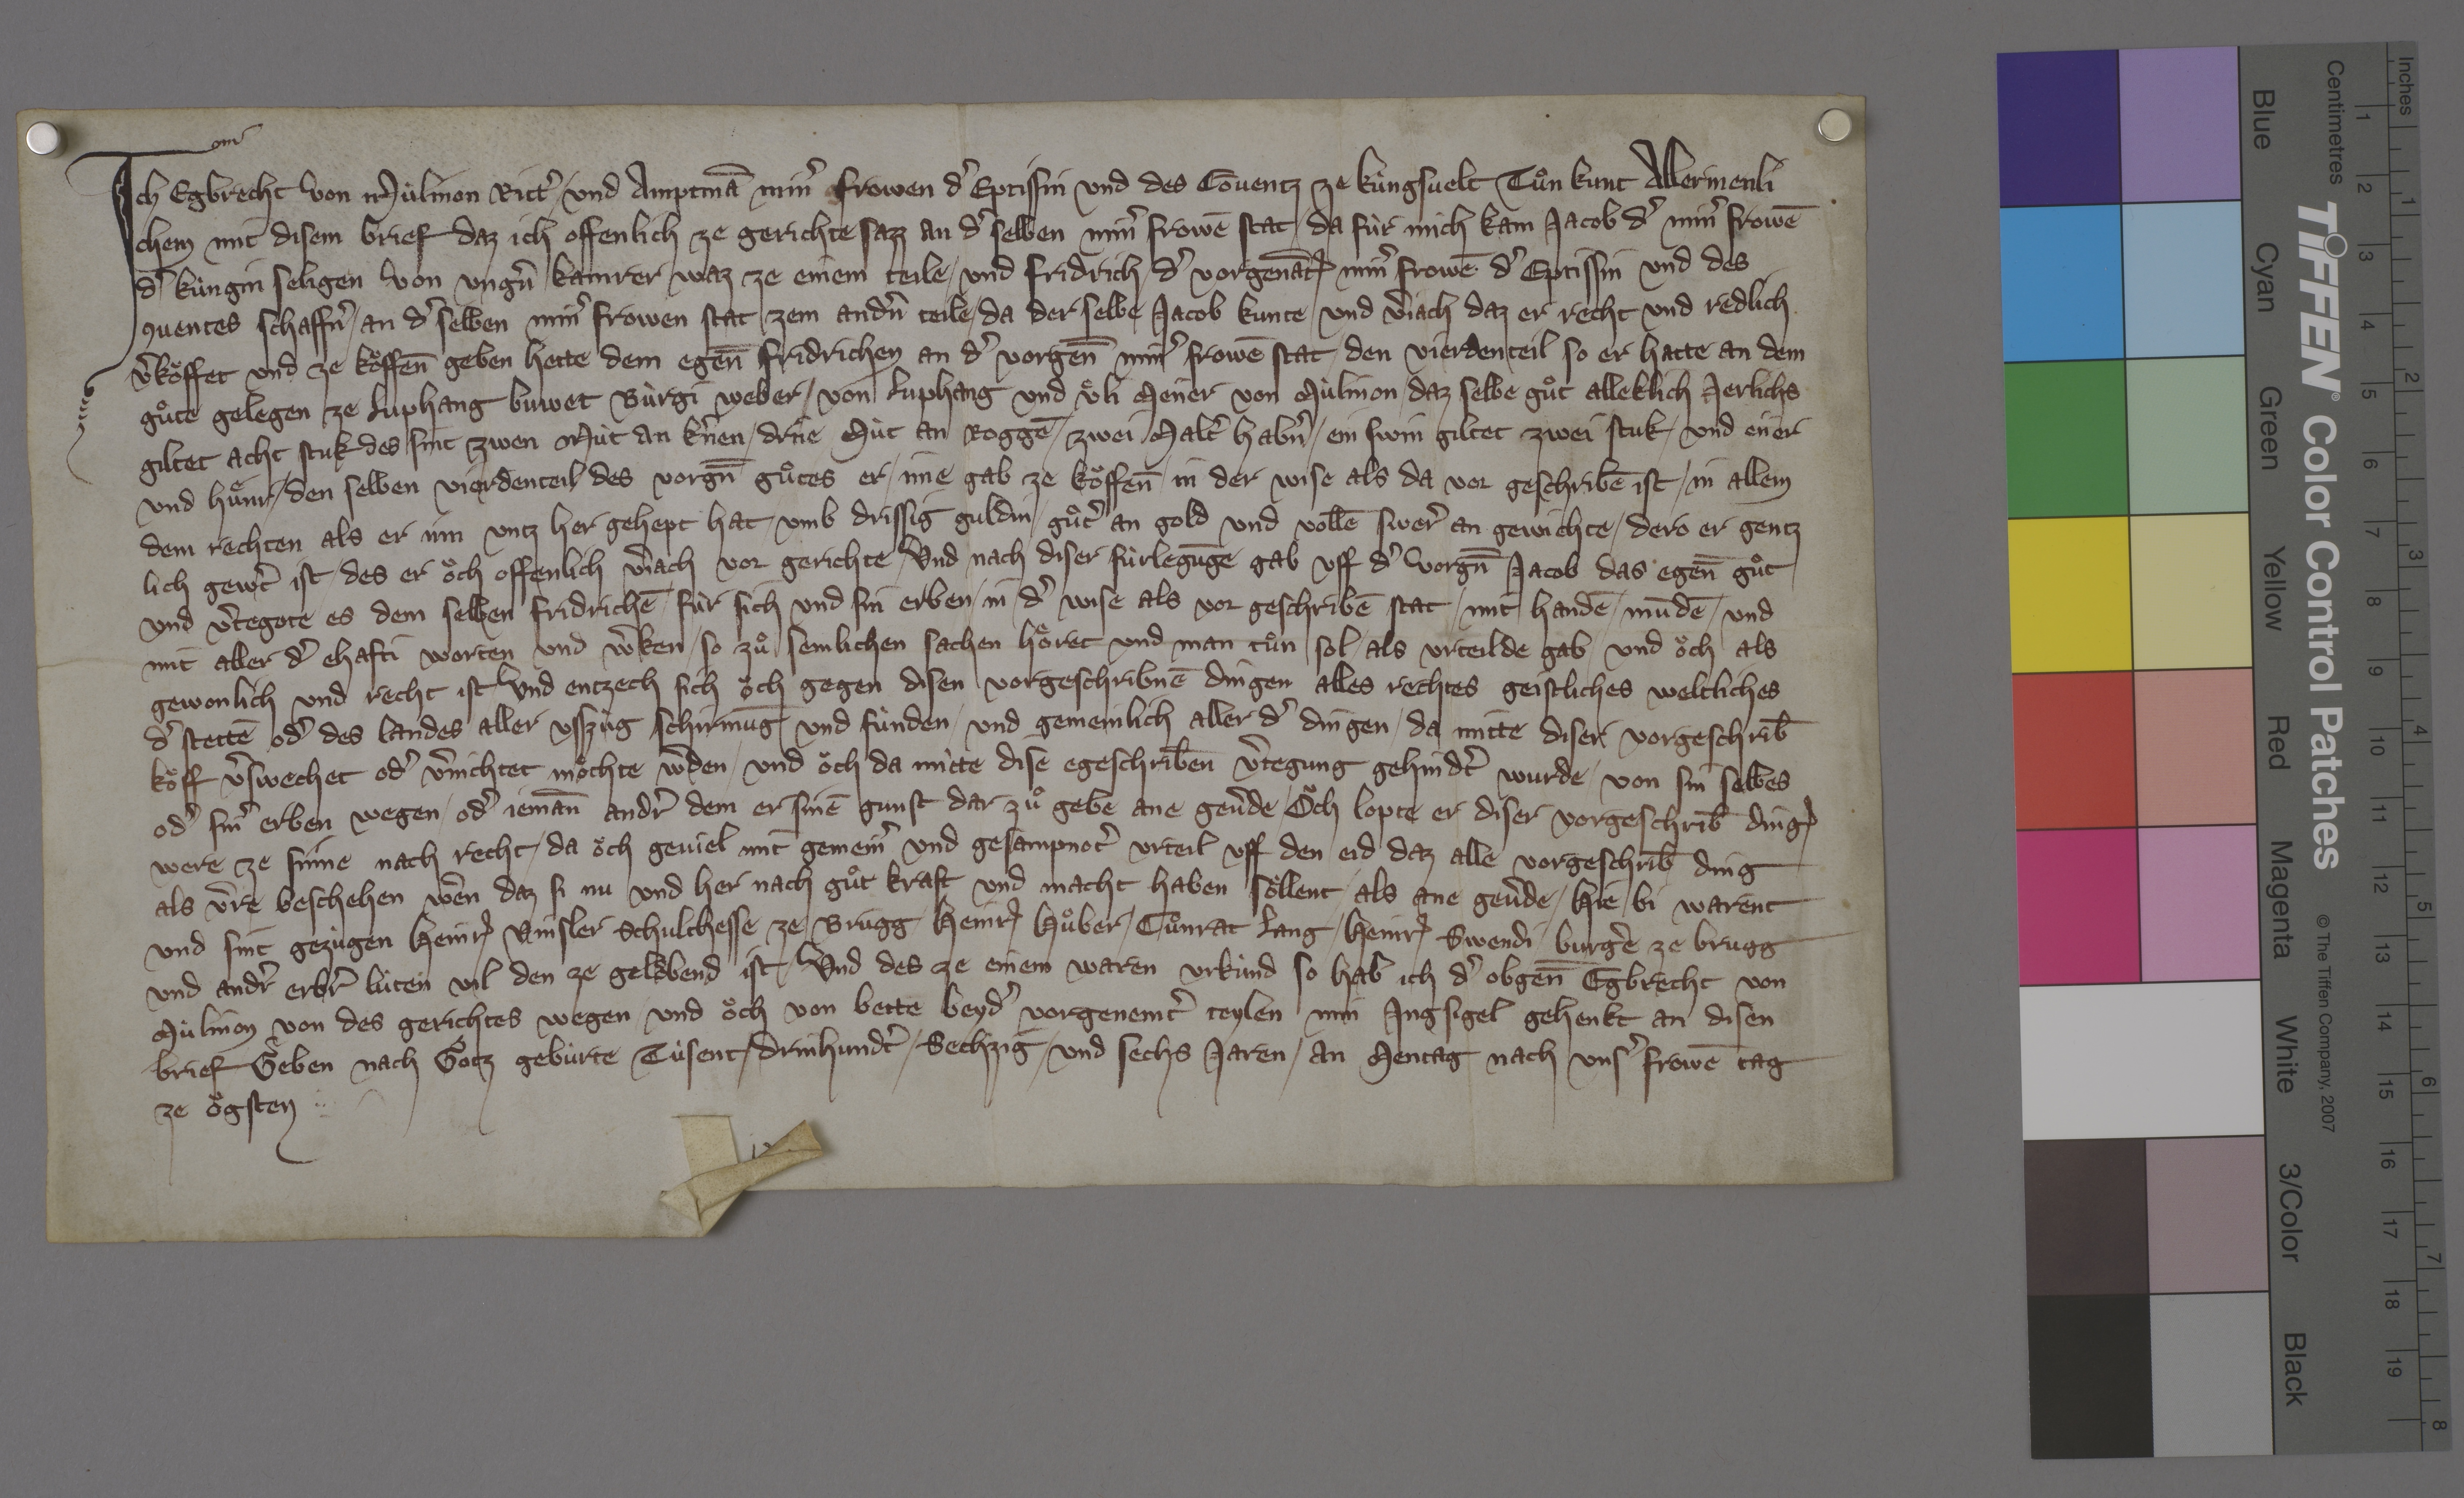
Transcription:
Ich, Egbrecht von Mùlinon, rittˀ ✳ und amptmā minˀ frowen, dˀ eptissin und des cōventz ze Kùngsvelt, tuͦn kunt allermenli¬
chem mit disem brief, daz ich offenlich ze gerichte sazz an dˀ selben minˀ frowē stat, ✳ da fùr mich kam Jacob, dˀ minˀ frowē,
dˀ kùngin seligen von Ungnˀ, kamrer waz, ze einem teile, ✳ und Fridrich, ✳ dˀ vorgenāt₎ minˀ frowē, dˀ eptissin und des
ꝯventes, schaffnˀ, ✳ an dˀ selben minˀ frowen stat, zem andˀn teile, ✳ da der selbe Jacob kunte und vˀjach, daz er recht und redlich
vˀkoͧffet und ze koͧffen̄ geben hette dem egen̄̄ Fridrichen, an dˀ vorgen̄̄ minˀ frowē stat, den vierdenteil, so er hatte an dem
guͦte, gelegen ze Luphang, buwet Bùrgi Weber ✳ von Luphang und Uͤli Meyer von Mùlinon, ✳ daz selbe guͦt alleklich jerlichs
giltet acht stuk, des sint zwen mùt an kˀnen, ✳ driie mùt an roggē, ✳ zwei maltˀ habnˀ, ✳ ein swin, giltet zwei stuk, ✳ und eiier
und huͤnr, ✳ den selben vierdenteil des vorgn̄̄ guͦtes er ✳ ime gab ze koͧffen̄ ✳ in der wise, als da vor geschribē ist, ✳ in allem
dem rechten, als er inn untz her gehept hat, ✳ umb drissig guldin, ✳ guͦtˀ an gold und vollē swerˀ an gewichte, ✳ dero er gentz-
lich gewˀt ist, ✳ des er oͧch offenlich vˀjach vor gerichte. ✳ und nach diser fùrlegūge gab uff dˀ vorgn̄̄ Jacob das egen̄̄ guͦt
und vˀtegote es dem selben Fridrichē fùr sich und sin erben ✳ in dˀ wise, als vor geschribē stat, ✳ mit handē, ✳ mūdē ✳ und
mit aller dˀ ehafti, worten und wˀken, ✳ so zuͦ semlichen sachen hoͤret und man tuͦn sol, ✳ als urteilde gab ✳ und oͧch als
gewonlich und recht ist, ✳ und entzech sich oͧch gegen disen vorgeschribnē dingen alles rechtes, geistliches, weltliches,
dˀ stettē odˀ des landes, ✳ aller usszùg, schirmūg und fùnden, ✳ und gemeinlich aller dˀ dingen, ✳ da mitte diser vorgeschrib̄
koͧff vˀswechet odˀ vˀnichtet moͤchte wˀden ✳ und oͧch da mitte dise egeschrib̄en vˀtegung gehindtˀ wurde ✳ von sin selbes
odˀ sinˀ erben wegen, ✳ odˀ jeman̄ andrˀ, dem er sinē gunst dar zuͦ gebe, ane gevˀde, ✳ oͧch lopte er, diser vorgeschrib̄ ding₎
were ze sinne nach recht, ✳ da oͧch geviel mit gemeinˀ und gesampnotˀ urteil uff den eid, daz alle vorgeschrib̄ ding
als vˀre beschehen wˀen, daz si nu und her nach guͦt kraft und macht haben soͤllent, ✳ als ane gevˀde. ✳ hie bi warent
und sint gezùgen Heinr₎ Vinsler, schulthesse ze Brugg, ✳ Heinr₎ Huͦber, ✳ Cuͦnrat Lang, ✳ Heinr₎ Swendi, ✳ burgˀe ze Brugg,
und andˀr erbˀr lùten vil, den ze geloͧbend ist. ✳ und des ze einem waren urkùnd, so hab ich, dˀ obgen̄̄ Egbrecht von
Mùlinon, von des gerichtes wegen ✳ und oͧch von bette beydˀ vorgenemtˀ teylen min insigel gehenkt an disen
brief, ✳ geben nach gotz gebùrte tùsent ✳ drùhundtˀ ✳ sechzig ✳ und sechs jaren, ✳ an mentag nach unsˀ frowē tag
ze oͧgsten. ✳